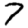
Digit: 7